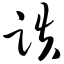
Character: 跌